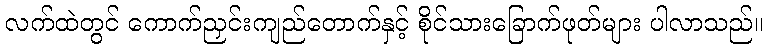
လက်ထဲတွင် ကောက်ညှင်းကျည်တောက်နှင့် စိုင်သားခြောက်ဖုတ်များ ပါလာသည်။